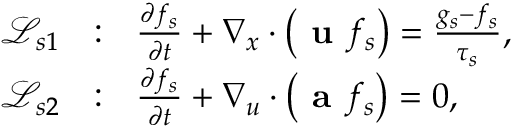
\begin{array} { r l } { \mathcal { L } _ { s 1 } } & { : ~ ~ \frac { \partial f _ { s } } { \partial t } + \nabla _ { x } \cdot \left( \textbf { u } f _ { s } \right) = \frac { g _ { s } - f _ { s } } { \tau _ { s } } , } \\ { \mathcal { L } _ { s 2 } } & { : ~ ~ \frac { \partial f _ { s } } { \partial t } + \nabla _ { u } \cdot \left( \textbf { a } f _ { s } \right) = 0 , } \end{array}